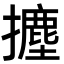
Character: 𭢻